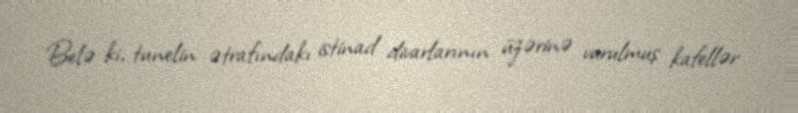
Belə ki, tunelin ətrafındakı istinad divarlarının üzərinə vurulmuş kafellər